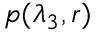
p ( \lambda _ { 3 } , r )